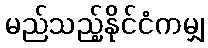
မည်သည့်နိုင်ငံကမျှ